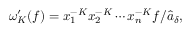
\omega _ { K } ^ { \prime } ( f ) = x _ { 1 } ^ { - K } x _ { 2 } ^ { - K } \cdots x _ { n } ^ { - K } f / \hat { a } _ { \delta } ,